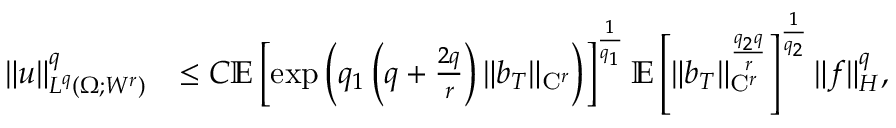
\begin{array} { r l } { \| u \| _ { L ^ { q } ( \Omega ; W ^ { r } ) } ^ { q } } & { \le C \mathbb { E } \left[ \exp \left( q _ { 1 } \left( q + \frac { 2 q } { r } \right) \| b _ { T } \| _ { \mathrm { C } ^ { r } } \right) \right] ^ { \frac { 1 } { q _ { 1 } } } \mathbb { E } \left[ \| b _ { T } \| _ { \mathrm { C } ^ { r } } ^ { \frac { q _ { 2 } q } { r } } \right] ^ { \frac { 1 } { q _ { 2 } } } \| f \| _ { H } ^ { q } , } \end{array}